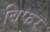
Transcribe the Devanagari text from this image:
बिफर